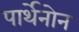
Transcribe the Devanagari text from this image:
पार्थेनोन